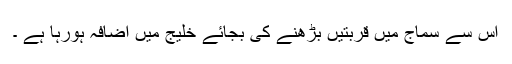
اس سے سماج میں قربتیں بڑھنے کی بجائے خلیج میں اضافہ ہورہا ہے ۔